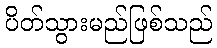
ပိတ်သွားမည်ဖြစ်သည်